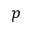
p